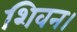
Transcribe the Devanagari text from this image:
शिवन।